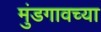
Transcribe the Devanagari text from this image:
मुंडगावच्या